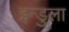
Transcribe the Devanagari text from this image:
इन्डुला